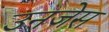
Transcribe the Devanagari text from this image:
उनजेस